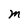
Character: M